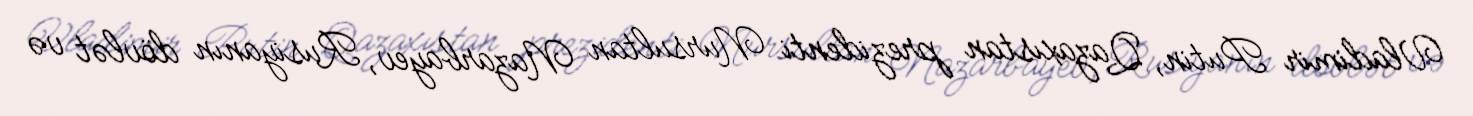
Vladimir Putin, Qazaxıstan prezidenti Nursultan Nazarbayev, Rusiyanın dövlət və